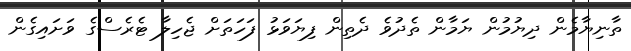
ތާނިޔާމެން ދިޔުމުން ޔަމާން ތެދުވެ ދެތިން ފިޔަވަޅު ފަހަތަށް ޖެހިލާ ޓެރެސްގެ ވަށައިގެން